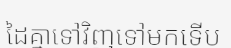
ដៃគ្នាទៅវិញទៅមកទើប